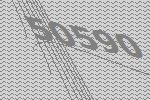
50590